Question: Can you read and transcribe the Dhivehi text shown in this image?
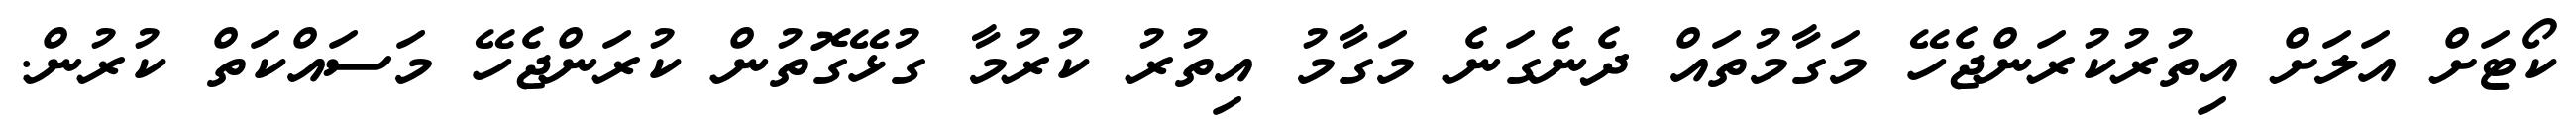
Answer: ކޯޓަށް އަލަށް އިތުރުކުރަންޖެހޭ މަގާމުތައް ދެނެގަނެ މަގާމު އިތުރު ކުރުމާ ގުޅޭގޮތުން ކުރަންޖެހޭ މަސައްކަތް ކުރުން.